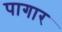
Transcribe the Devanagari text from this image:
पागार